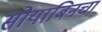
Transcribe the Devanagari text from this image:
सोयाबिनचा